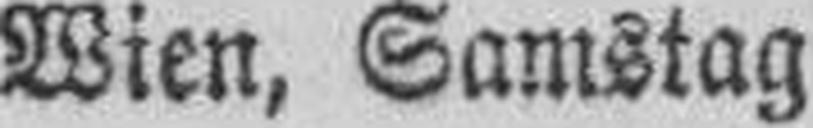
Wien, Samstag